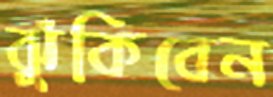
ঝুঁকিবেন